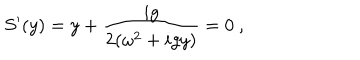
LaTeX: S ^ { \prime } ( y ) = y + { \frac { i g } { 2 ( \omega ^ { 2 } + i g y ) } } = 0 \ ,